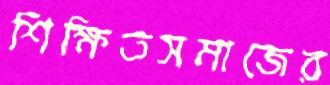
শিক্ষিতসমাজের